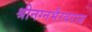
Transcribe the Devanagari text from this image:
श्रीनग्नभैरवराज